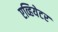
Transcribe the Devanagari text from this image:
एव्हियेटर